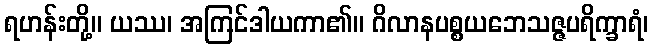
ရဟန်းတို့။ ယဿ၊ အကြင်ဒါယကာ၏။ ဂိလာနပစ္စယဘေသဇ္ဇပရိက္ခာရံ၊